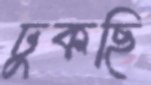
ঢুকছি